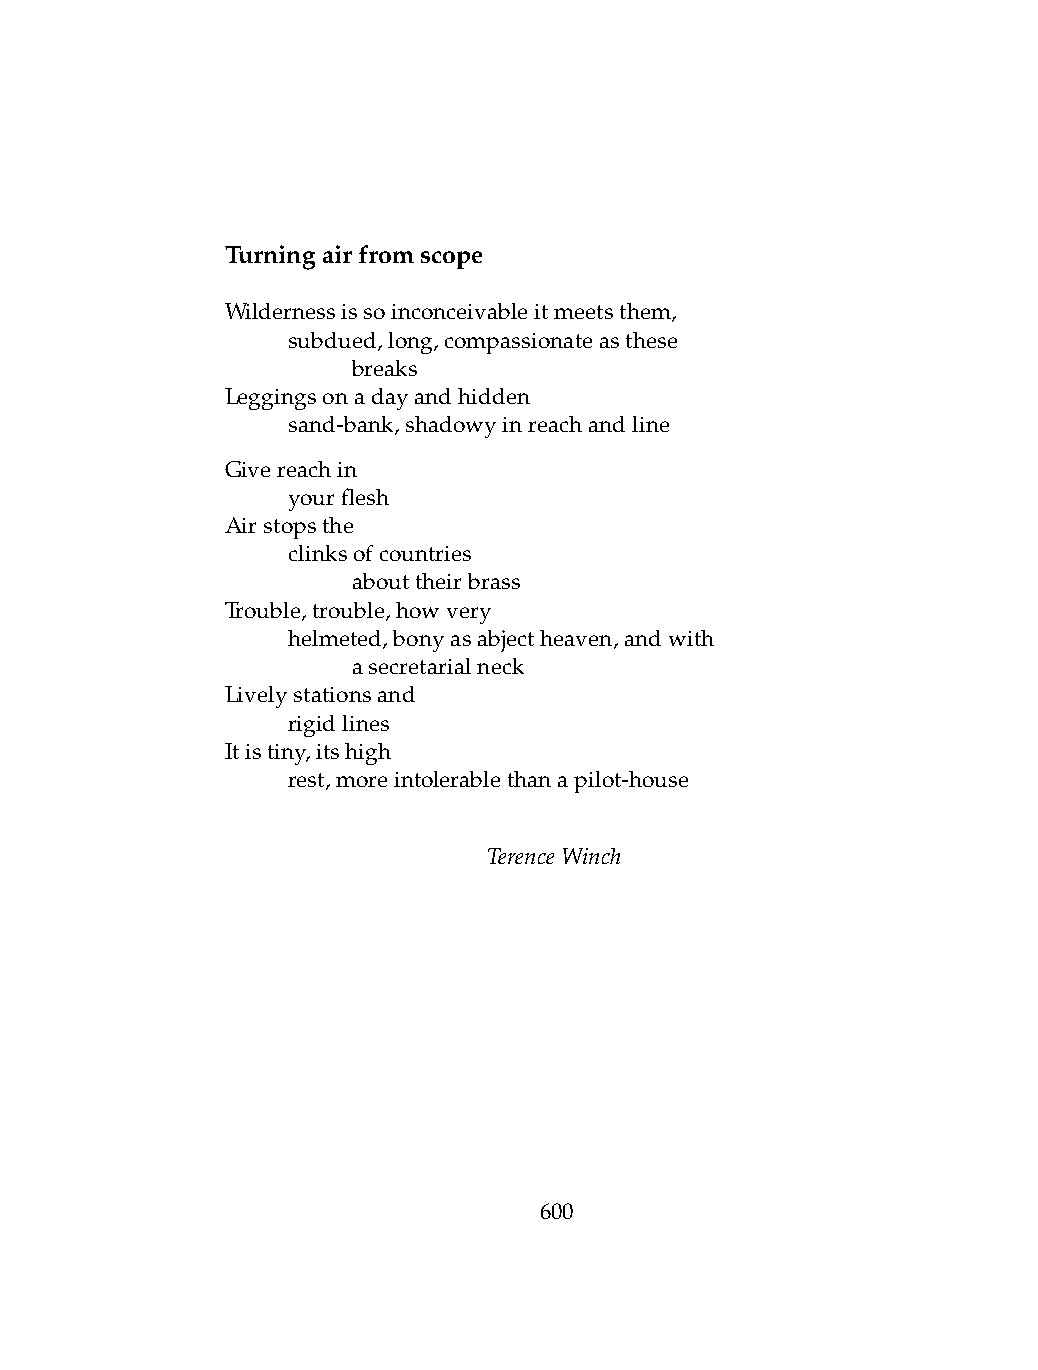
Turningairfromscope
 Wildernessissoinconceivableitmeetsthem,
 .   subdued,long,compassionateasthese
 .   .   breaks
 Leggingsonadayandhidden
 .   sand-bank,shadowyinreachandline
 Givereachin
 .   yourflesh
 Airstopsthe
 .   clinksofcountries
 .   .   abouttheirbrass
 Trouble,trouble,howvery
 .   helmeted,bonyasabjectheaven,andwith
 .   .   asecretarialneck
 Livelystationsand
 .   rigidlines
 Itistiny,itshigh
 .   rest,moreintolerablethanapilot-house
 TerenceWinch
 600